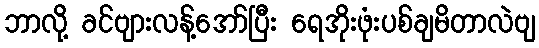
ဘာလို့ ခင်ဗျားလန့်အော်ပြီး ရေအိုးဖုံးပစ်ချမိတာလဲဗျ